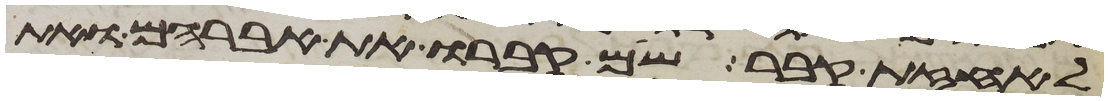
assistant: לאחזת קבר שם קברו את אברהם ואת